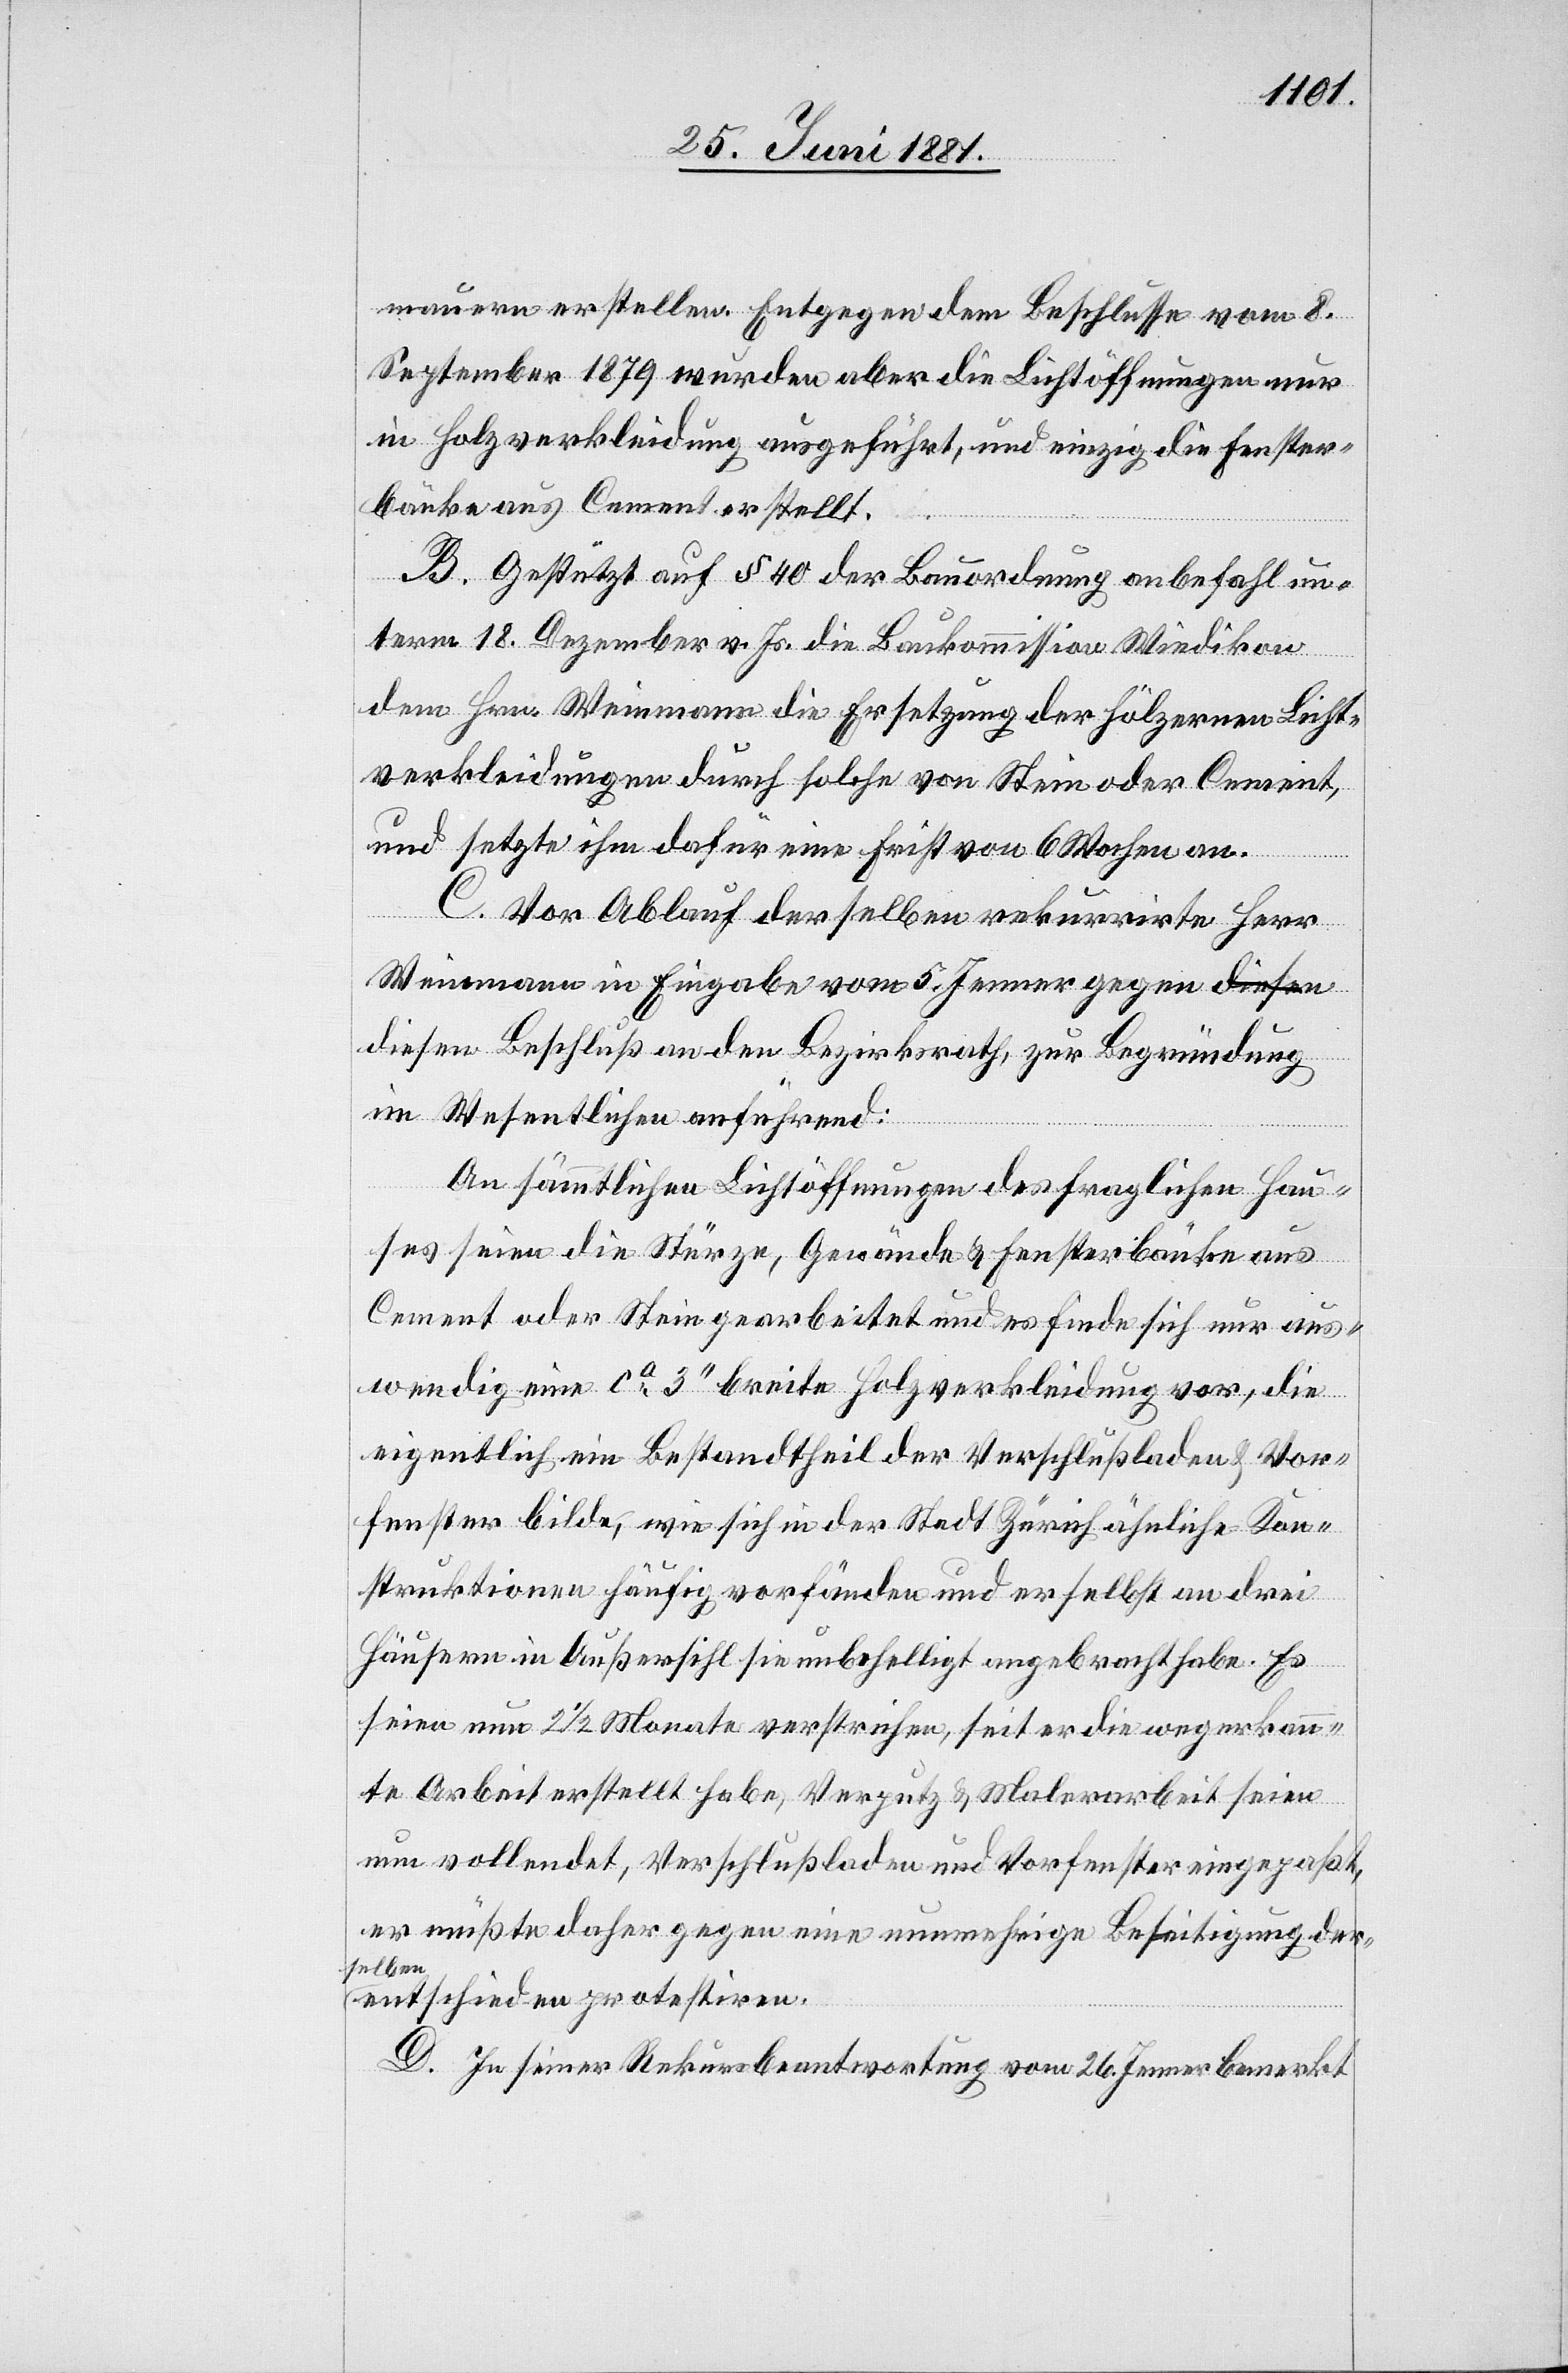
mauern erstellen. Entgegen dem Beschlusse vom 8.
September 1879 wurden aber die Lichtöffnungen nur
in Holzverkleidung ausgeführt, und einzig die Fenster¬
bänke aus Cement erstellt.
B. Gestützt auf § 40 der Bauordnung anbefahl un¬
term 18. Dezember v. Js. die Baukommission Wiedikon
dem Hrn. Weinmann die Ersetzung der hölzernen Licht¬
verkleidungen durch solche von Stein oder Cement,
und setzte ihm dafür eine Frist von 6 Wochen an.
C. Vor Ablauf derselben rekurrirte Herr
Weinmann in Eingabe vom 5. Jenner gegen d¬
iesen Beschluß an den Bezirksrath, zur Begründung
im Wesentlichen anführend:
An sämtlichen Lichtöffnungen des fraglichen Hau¬
ses seien die Stürze, Gewände & Fensterbänke aus
Cement oder Stein gearbeitet und es finde sich nur aus¬
wendig eine ca 3‘‘ breite Holzverkleidung vor, die
eigentlich ein Bestandtheil der Verschlußladen & Vor¬
fenster bilde, wie sich in der Stadt Zürich ähnliche Kon¬
struktionen häufig vorfänden und er selbst an drei
Häusern in Außersihl sie unbehelligt angebracht habe. Es
seien nun 2 1/2 Monate verstrichen, seit er die wegerkann¬
te Arbeit erstellt habe, Verputz & Malerarbeit seien
nun vollendet, Verschlußladen und Vorfenster eingepaßt,
er müßte daher gegen eine nunmehrige Beseitigung der¬
selben
entschieden protestiren.
D. In seiner Rekursbeantwortung vom 26. Jenner bemerkt